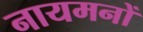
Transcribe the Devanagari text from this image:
नायमनों